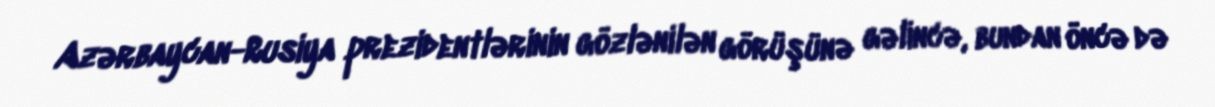
Azərbaycan-Rusiya prezidentlərinin gözlənilən görüşünə gəlincə, bundan öncə də